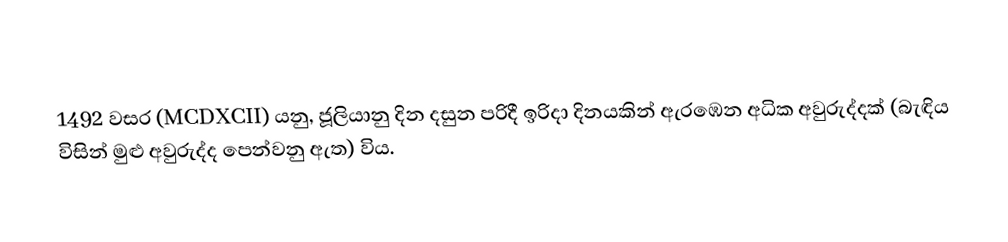

1492 වසර (MCDXCII) යනු,  ජූලියානු දින දසුන පරිදී  ඉරිදා දිනයකින් ඇරඹෙන අධික අවුරුද්දක් (බැඳිය විසින් මුළු අවුරුද්ද පෙන්වනු ඇත) විය.